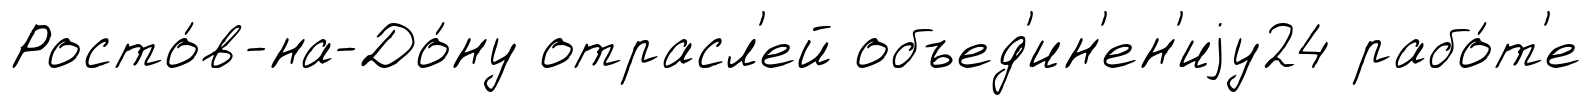
Росто́в-на-До́ну отрасл'ей объед'ин'ен'иjу24 рабо́т'е